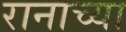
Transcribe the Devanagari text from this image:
रानाच्या